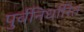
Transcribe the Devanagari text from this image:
पुर्वनिर्धारित